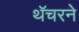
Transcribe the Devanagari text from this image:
थॅचरने